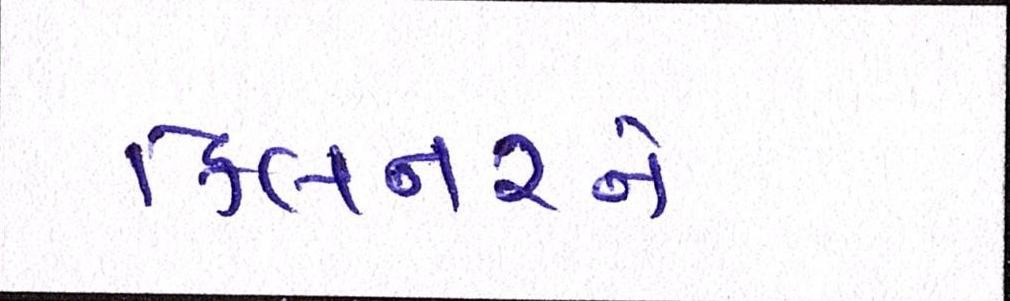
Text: કિલનરને